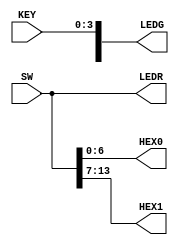
module board_demo (
   input    [17:0]   SW,
   input    [3:0]    KEY,
   output   [17:0]   LEDR,
   output   [8:0]    LEDG,
   output   [6:0]    HEX0,
   output   [6:0]    HEX1
   );
   
   assign LEDR[17:0] = SW[17:0];
   assign LEDG[3:0] = KEY[3:0];
   assign HEX0[6:0] = SW[6:0];
   assign HEX1[6:0] = SW[13:7];
   
endmodule